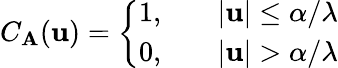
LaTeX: C_{\mathbf{A}}(\mathbf{{u}})=\left\{ \begin{array}{ll}{1,\quad}&{|\mathbf{u}|\leq\alpha/\lambda}\\ {0,\quad}&{|\mathbf{u}|>\alpha/\lambda}\end{array}\right.